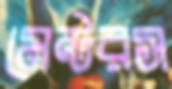
মেন্টরস